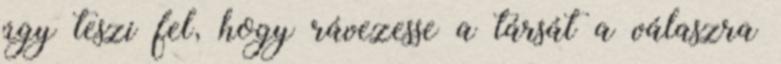
úgy teszi fel, hogy rávezesse a társát a válaszra